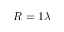
R = 1 \lambda